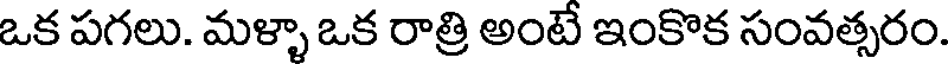
ఒక పగలు. మళ్ళా ఒక రాత్రి అంటే ఇంకొక సంవత్సరం.